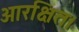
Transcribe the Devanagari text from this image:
आरक्षित।